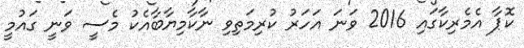
ކޮޕާ އެމެރިކާގައި 2016 ވަނަ އަހަރު ކުރިމަތިވި ނާކާމިޔާބާއެކު މެސީ ވަނީ ގައުމީ